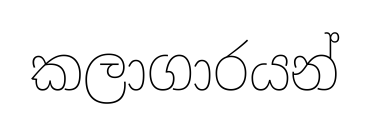
කලාගාරයන්